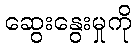
ဆွေးနွေးမှုကို